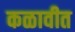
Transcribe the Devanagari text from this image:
कळावीत